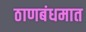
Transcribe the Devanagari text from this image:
ठाणबंधमात